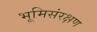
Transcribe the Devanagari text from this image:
भूमिसंरक्षण